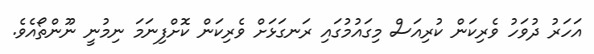
އަހަރު ދުވަހު ވެރިކަން ކުރިއަސް މިގައުމުގައި ރަނގަޅަށް ވެރިކަން ކޮށްފިނަމަ ނިމުނީ ނޫންތޯއެވެ.